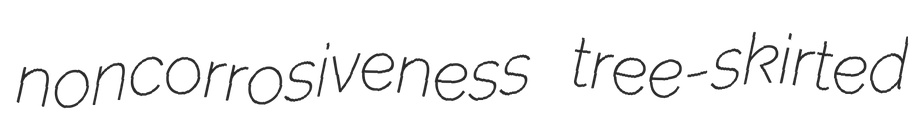
noncorrosiveness tree-skirted